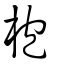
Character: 枹